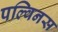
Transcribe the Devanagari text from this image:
पल्विनस